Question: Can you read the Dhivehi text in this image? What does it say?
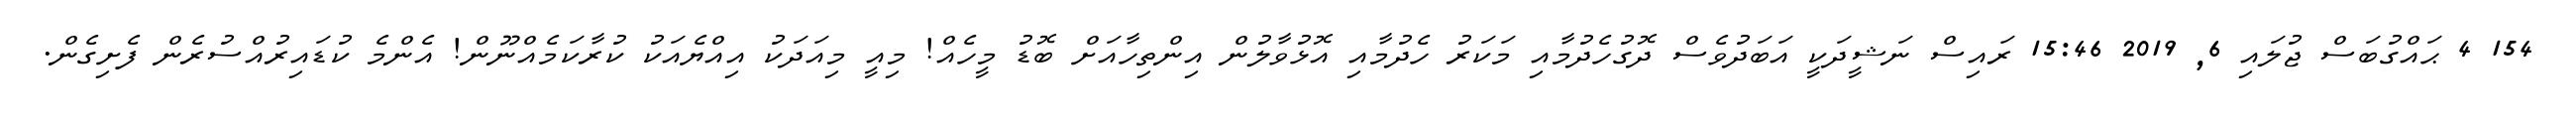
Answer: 154 4 ޙައްގުބަސް ޖުލައި 6, 2019 15:46 ރައިސް ނަޝީދަކީ އަބަދުވެސް ދޮގުހެދުމާއި މަކަރު ހެދުމާއި އޮޅުވާލުން އިންތިހާއަށް ބޮޑު މީހެއް! މިއީ މިއަދަކު އިއްޔެއަކު ކުރާކަމެއްނޫން! އެންމެ ކުޑައިރުއްސުރެން ފެށިގެން.